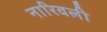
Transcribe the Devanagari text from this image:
नारिवली